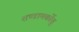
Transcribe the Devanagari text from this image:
शण्डामर्कोतु